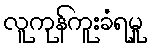
လူကုန်ကူးခံရမှု